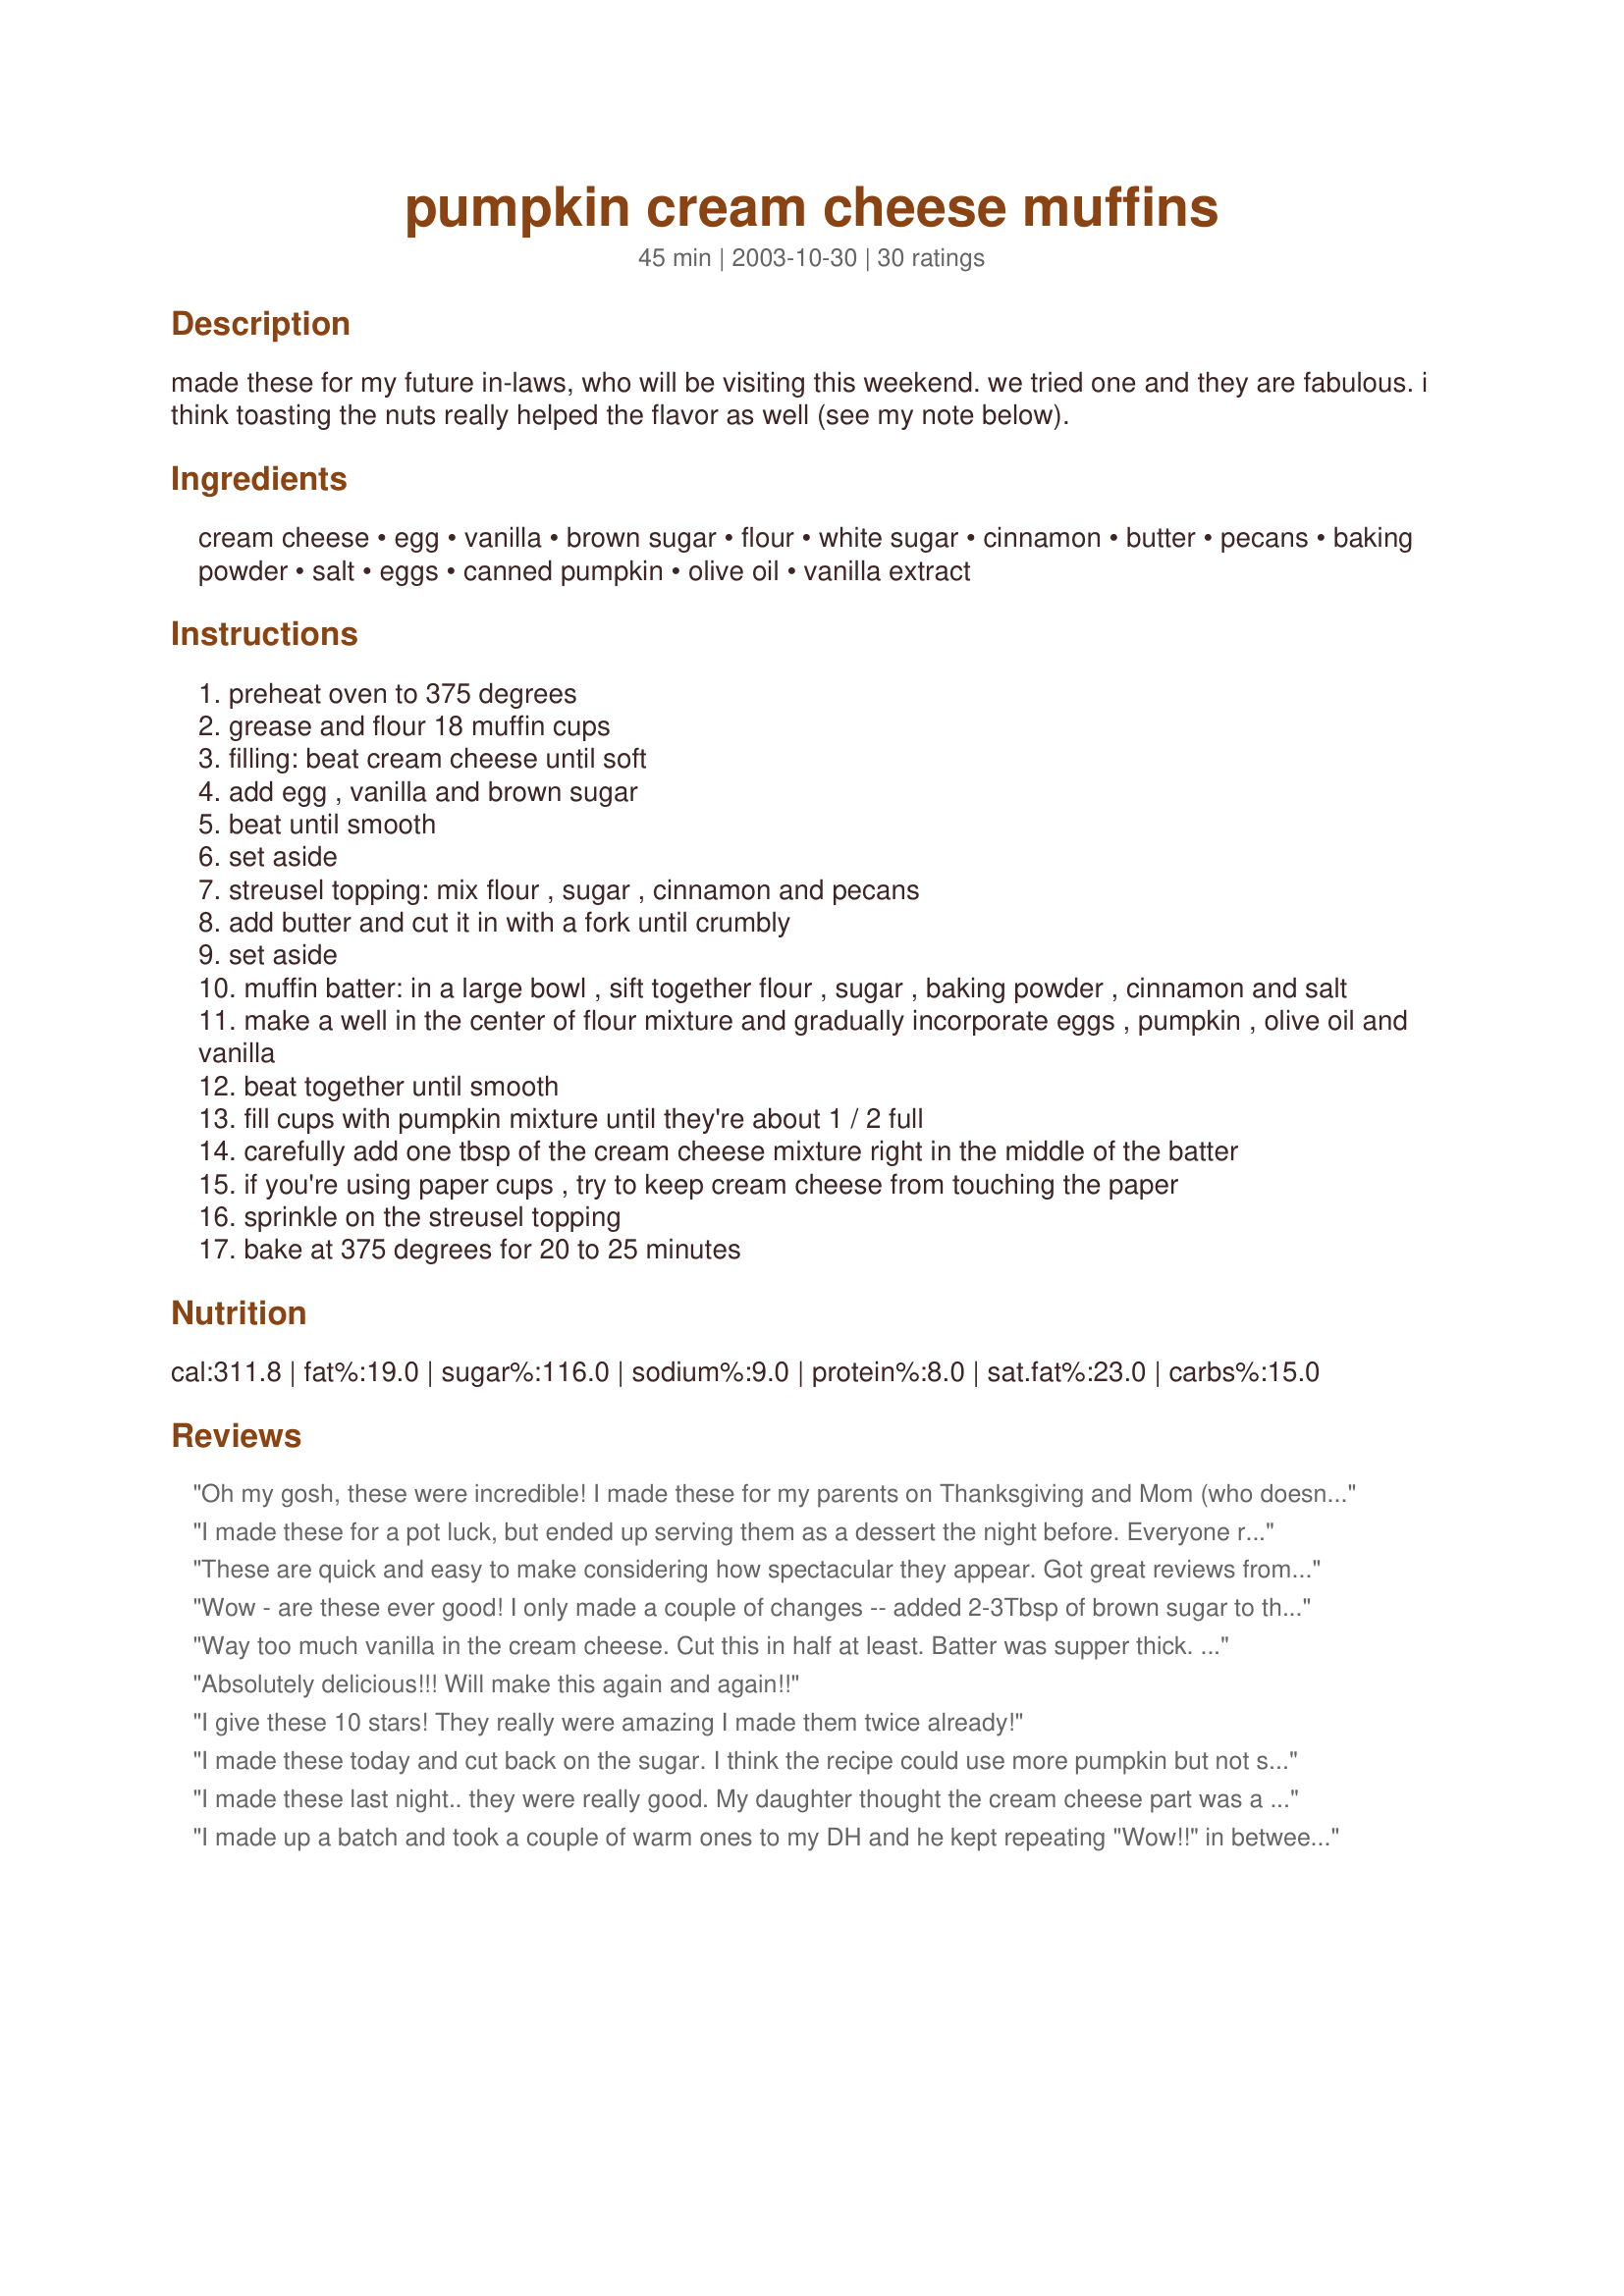
pumpkin cream cheese muffins
Preparation time: 45 minutes

made these for my future in-laws, who will be visiting this weekend. we tried one and they are fabulous. i think toasting the nuts really helped the flavor as well (see my note below).

Ingredients:
cream cheese, egg, vanilla, brown sugar, flour, white sugar, cinnamon, butter, pecans, baking powder, salt, eggs, canned pumpkin, olive oil, vanilla extract

Steps:
preheat oven to 375 degrees
grease and flour 18 muffin cups
filling: beat cream cheese until soft
add egg , vanilla and brown sugar
beat until smooth
set aside
streusel topping: mix flour , sugar , cinnamon and pecans
add butter and cut it in with a fork until crumbly
set aside
muffin batter: in a large bowl , sift together flour , sugar , baking powder , cinnamon and salt
make a well in the center of flour mixture and gradually incorporate eggs , pumpkin , olive oil and vanilla
beat together until smooth
fill cups with pumpkin mixture until they're about 1 / 2 full
carefully add one tbsp of the cream cheese mixture right in the middle of the batter
if you're using paper cups , try to keep cream cheese from touching the paper
sprinkle on the streusel topping
bake at 375 degrees for 20 to 25 minutes

Reviews:
Oh my gosh, these were incredible! I made these for my parents on Thanksgiving and Mom (who doesn't even bake) asked for the recipe!And I didn't even make the topping! I also cut the sugar in the batter down to about 1.5 cups, I used all white flour, and I used canola oil instead of olive oil because I only had extra virgin and that just seemed wrong. This recipe is fairly easy and no-fuss, and I will definitely be making these again! (PS -- my husband wants me to use more vanilla in the cream cheese filling next time, but I thought it was fine as-is.)
I made these for a pot luck, but ended up serving them as a dessert the night before. Everyone raved about them! In my opinion, they taste much better the second day, but they were great the first day too. I will be making these again and again!
These are quick and easy to make considering how spectacular they appear. Got great reviews from eveyone at work. Next time I will use real sugar rather than the substitute stuff because it gave my batch a funny taste that only I seem to have noticed.
Wow - are these ever good! I only made a couple of changes -- added 2-3Tbsp of brown sugar to the cream cheese mixture (thought it might be too tangy on its own); added 1/4 c old-fashioned oats to the streusel mixture; reduced the sugar in the muffin batter to 1-1/2 c; and used canola oil (instead of olive oil). Toasting the pecans - in a small dry frying pan over low-to-medium heat - really made the nuts tasty. The recipe made 24 regular sized muffins. They rose beautifully, and made the whole house smell wonderful. I let them cool a little before trying one -- delicious! I will make these again - thanks for posting! -M =)
Way too much vanilla in the cream cheese. Cut this in half at least. Batter was supper thick. Turned out too dry. I would cut the cooking time back a little bit. A lot of work, might not be worth the effort.
Absolutely delicious!!! Will make this again and again!!
I give these 10 stars! They really were amazing I made them twice already!
I made these today and cut back on the sugar. I think the recipe could use more pumpkin but not sure how much. I didn't get a real good pumpkin flavor from these. I used a cup of sugar for the batter and that was sweet enough.
I made these last night.. they were really good. My daughter thought the cream cheese part was a bit too tart for her so next time I will maybe add some icing sugar or some vanilla to make it less tart. I will definately make these again!! I brought them to work and they dissappeared quickly. I will be putting this one into the family recipe book for sure!!
I made up a batch and took a couple of warm ones to my DH and he kept repeating "Wow!!" in between bites... :) I used 1/3 reduced fat cream cheese and subbed walnuts for the pecans. It made 24 muffins for us. The kids loved them, too!! Thank you!!
These are the best muffins I have ever had! Truly delicious. I can see I'll be making these again, most definately.
I made as is except halved the recipe making only 9 muffins. At first I didn't think these were sweet enough for my taste but changed my mind after eating one at room temp. I posted a picture of my muffins. I love the way these look with the cream cheese and topping.
Very pumpkin-y and delicious. My very picky children can&#039;t get enough of these. Yum!
Just ate 2 right out of the oven - couldn't help myself! Cut sugar down to 1 1/4 cups, used egg beaters & still Great! Thank you very much for sharing.
So worth the effort! These were scrumpcious! I will definately make again. Hubby had 3 in one sitting! I followed the recipe exactly. Thanks!
Yum, yum, yum, yum, YUMM!!! Awesome muffins! My cream cheese mixture was a little too thin and didn't sink into the muffin batter, but rather spread out overtop and I was a little worried, but they still came out wonderful, moist, delicious, and crunchy on top. DEFINITELY will be making these again and again!!
These muffins are awesome! And they smell better when they are baking than anything that I have made in a long long time. Both my son and I were "yumming" the whole time that they were baking.<br/>We did share one after they came out of the oven because it wasn't too long until dinner ...or I would have just skipped dinner and had muffins!
Yes these are fabulous! The recipe made plenty for 24 med. size muffins. I used 1/2 white and 1/2 wheat flour, canola oil not olive, and used home-cooked pumpkin, not canned. I will definitely make these again.
AMAZING!!! Everyone is raving over them. They are a little labor intensive compared to a lot of muffin recipes but they are so worth it. I made them exactly as written (even the olive oil!) and they turned out beautifully. I got 22 lovely sized muffins with no shortage of any layer. I all ready have request to make them again next week. Fantastic! UPDATED: I&#039;ve made these twice now. They definitely take me a good 45-60 minutes to prepare before baking. I got 23 muffins the second time.
Really good. I want to try them with whole wheat flour next. Be aware that you need to check the muffins with a toothpick because the cream cheese makes the tops really white so they don't look done.
I made this recipe last night for the first time. After searching many other recipes for muffins this is the one I liked most. I did change some of the ingredients to my liking and this is my version. The streusel topping was so good I didn&#039;t change anything other then to add more&lt;br/&gt;chopped pecans to it ( I love nuts!) I toasted a full cup of pecans on a cookie sheet for 8 mins&lt;br/&gt;and not 10 mins as mention but think 5-6 mins would be best, nuts can burn so fast. Next the cream cheese filling was okay because it seem to disappear when baked and I did it exactly the way the recipe said too. I think if you keep it a little thicker and add it on top of a smaller&lt;br/&gt;amount of pumpkin filling and then cover it with more pumpkin filling where you don&#039;t see the&lt;br/&gt;cream cheese it might not disappear into the pumpkin. I use extra-large eggs all the time so maybe a smaller egg or more cream cheese. Last the muffin batter I increased flour to 3 cups,&lt;br/&gt;decreased sugar to 1 1/2 cups (way to sweet to my liking, next time I may only use 1 cup). I like spice so to the 2 tsps. of cinnamon I added 1 tsp of pumpkin spice too. I also increased the pumpkin to 2 cups and I used homemade roasted pumpkin I baked and pureed after Halloween and last I increased and used canola oil up to 1/2 cup. After all my changes they came out delicious and moist and for me I like a lot of spice, nuts and not a lot of sweetness.&lt;br/&gt;I got 24 muffins from this recipe with my changes. Some reviews I read left off the streusel&lt;br/&gt;topping for possibly a healthier version but in my opinion that&#039;s what makes them so darn good! One more thing I forgot to mention I also added a 1/2 cup each of pecans and raisins&lt;br/&gt;to the batter. To die for!!!
Reeeheeeeheeeally delicous!!!At first I made them without the topping because I burned the nuts and was too lazy to toast another batch, so I made the first half with the cream cheese topping only. They didn't look very pretty (and I was taking them to a brunch) so I made the second half with the struesel topping and they looked much much prettier(and tastier!). I may make these muffins sometime even without the struesel and cream cheese because pumpkin muffin was so yummy by it self (and would be rather low fat). I had about 3 tablespoons of cream cheese mix left so I just spooned it in a muffin liner and baked it with the muffins and now I have one mini cheesecake for later!! Anyways, these turned out to be a hit at the brunch, my neighbors and my sister!!! Thanks you very much!!!
WOW! These muffies will knock ya sideways! Tender little morsels of pumpkin, cream cheese, and streusel topping ... Can't remember when I've made a better batch than these!
Thank You, Toots, for sharing this great recipe ... You can bet they'll be made again around my house! Just yummie, that's all! Laudee
Our family loves baking muffins. We must bake at least two batches a week. The cream cheese part of the muffin has a delicious cheese danish taste. The muffins were a bit dense for us. We knew it would be, the batter was extremely thick.
LOVED these! I needed to use up some left over pumpkin from the Thanksgiving holiday--these were a hit with my family as well as my friends at work. Very moist. Not crumbly. Even on day 2! Very tasty! I am not a fan of nuts so I substituted granola for the pecans in the topping. It worked out great. This is a keeper!
This was the second pumpkin cream cheese muffin I have tried off this site and this recipe is definitely the superior one of the two. I scaled the batter down for 12 muffins and made filling for 9 (there was still plenty of cream cheese in each muffin). I also did away with the topping since I see muffin toppings as a useless source of calories. I used 1 cup all-purpose flour and 2/3 cup of whole wheat. I also increased the amount of pumpkin by three tbsps and reduced the amount of olive oil used by that same amount. Also, I used reduced fat cream cheese. Next time I may try cutting down on the sugar as these muffins are very sweet. Even with all these changes, this recipe made the best pumpkin muffins I have ever had. Thanks for the great recipe.
These were very good. I didn't use the nuts at all because I didn't have any on hand. I probably would have liked them better if I had. They weren't too sweet like I thought they might be. Also, my batter made so much that I made 12 cupcakes and one bundt pan. We ate all the cupcakes in 2 days and I froze the bundt for later on. I gave 4 stars because they weren't the best pumpkin muffin I've EVER had...but still VERY good.
Ok maybe I did something wrong here but it was gross. I felt the cream cheese was to thin and the batter tastes like a wet pumpkin napkin.
These are solid muffins. I didn't add the topping. I used a cup of sugar and 1/2 cup of splenda. I also used canola oil as that is all I buy. I also ran out of cinnamon so I used pumpkin pie spice. I got 16 muffins but I think I filled mine a bit high. We all enjoyed these.
These were delicious! Thanks for a great recipe we will definitely be making again! My 6-year old loved them.
